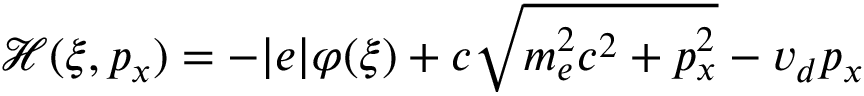
\mathcal { H } ( \xi , p _ { x } ) = - | e | \varphi ( \xi ) + c \sqrt { m _ { e } ^ { 2 } c ^ { 2 } + p _ { x } ^ { 2 } } - v _ { d } p _ { x }